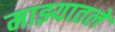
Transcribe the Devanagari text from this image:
माझ्यातले